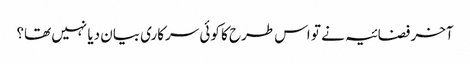
آخر فضائیہ نے تو اس طرح کا کوئی سرکاری بیان دیا نہیں تھا؟